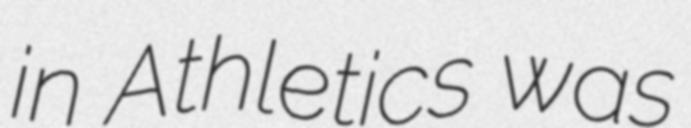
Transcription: in Athletics was